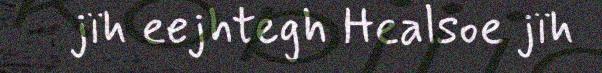
jïh eejhtegh Healsoe jïh